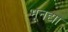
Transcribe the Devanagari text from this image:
भूनद्या